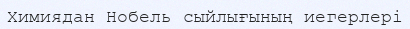
Химиядан Нобель сыйлығының иегерлері